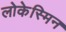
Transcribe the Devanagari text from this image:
लोकेस्मिन